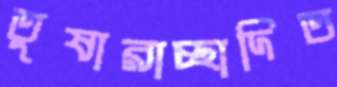
তুষারাচ্ছাদিত